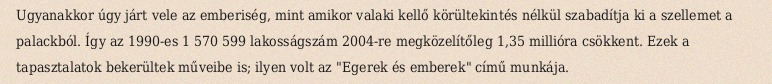
Ugyanakkor úgy járt vele az emberiség, mint amikor valaki kellő körültekintés nélkül szabadítja ki a szellemet a palackból. Így az 1990-es 1 570 599 lakosságszám 2004-re megközelítőleg 1,35 millióra csökkent. Ezek a tapasztalatok bekerültek műveibe is; ilyen volt az "Egerek és emberek" című munkája.